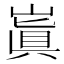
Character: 𡻗